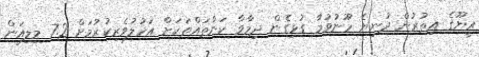
އީޔޫގެ އިތުރުން ދުނިޔެ ހޫނުވުމާ ގުޅިގެން ދިމާވާ ކަންތައްތަކަށް އަހުލުވެރިކުރުމަށް 7.2 މިލިއަން